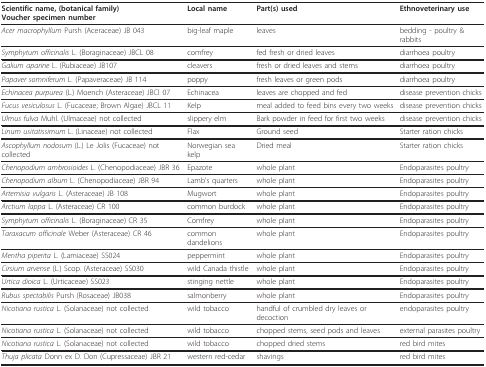
<table><thead><tr><td><b>Scientific name, (botanical family)Voucher specimen number</b></td><td><b>Local name</b></td><td><b>Part(s) used</b></td><td><b>Ethnoveterinary use</b></td></tr></thead><tbody><tr><td><i>Acer macrophyllum </i>Pursh (Aceraceae) JB 043</td><td>big-leaf maple</td><td>leaves</td><td>bedding - poultry &amp; rabbits</td></tr><tr><td><i>Symphytum officinalis </i>L. (Boraginaceae) JBCL 08</td><td>comfrey</td><td>fed fresh or dried leaves</td><td>diarrhoea poultry</td></tr><tr><td><i>Galium aparine </i>L. (Rubiaceae) JB107</td><td>cleavers</td><td>fresh or dried leaves and stems</td><td>diarrhoea poultry</td></tr><tr><td><i>Papaver somniferum </i>L. (Papaveraceae) JB 114</td><td>poppy</td><td>fresh leaves or green pods</td><td>diarrhoea poultry</td></tr><tr><td><i>Echinacea purpurea </i>(L.) Moench (Asteraceae) JBCl 07</td><td>Echinacea</td><td>leaves are chopped and fed</td><td>disease prevention chicks</td></tr><tr><td><i>Fucus vesiculosus </i>L. (Fucaceae; Brown Algae) JBCL 11</td><td>Kelp</td><td>meal added to feed bins every two weeks</td><td>disease prevention chicks</td></tr><tr><td><i>Ulmus fulva </i>Muhl. (Ulmaceae) not collected</td><td>slippery elm</td><td>Bark powder in feed for first two weeks</td><td>disease prevention chicks</td></tr><tr><td><i>Linum usitatissimum </i>L. (Linaceae) not collected</td><td>Flax</td><td>Ground seed</td><td>Starter ration chicks</td></tr><tr><td><i>Ascophyllum nodosum </i>(L.) Le Jolis (Fucaceae) not collected</td><td>Norwegian sea kelp</td><td>Dried meal</td><td>Starter ration chicks</td></tr><tr><td><i>Chenopodium ambrosioides </i>L. (Chenopodiaceae) JBR 36</td><td>Epazote</td><td>whole plant</td><td>Endoparasites poultry</td></tr><tr><td><i>Chenopodium album </i>L. (Chenopodiaceae) JBR 94</td><td>Lamb&#x27;s quarters</td><td>whole plant</td><td>Endoparasites poultry</td></tr><tr><td><i>Artemisia vulgaris </i>L. (Asteraceae) JB 108</td><td>Mugwort</td><td>whole plant</td><td>Endoparasites poultry</td></tr><tr><td><i>Arctium lappa </i>L. (Asteraceae) CR 100</td><td>common burdock</td><td>whole plant</td><td>Endoparasites poultry</td></tr><tr><td><i>Symphytum officinalis </i>L. (Boraginaceae) CR 35</td><td>Comfrey</td><td>whole plant</td><td>Endoparasites poultry</td></tr><tr><td><i>Taraxacum officinale </i>Weber (Asteraceae) CR 46</td><td>common dandelions</td><td>whole plant</td><td>Endoparasites poultry</td></tr><tr><td><i>Mentha piperita </i>L. (Lamiaceae) SS024</td><td>peppermint</td><td>whole plant</td><td>Endoparasites poultry</td></tr><tr><td><i>Cirsium arvense </i>(L.) Scop. (Asteraceae) SS030</td><td>wild Canada thistle</td><td>whole plant</td><td>Endoparasites poultry</td></tr><tr><td><i>Urtica dioica </i>L. (Urticaceae) SS023</td><td>stinging nettle</td><td>whole plant</td><td>Endoparasites poultry</td></tr><tr><td><i>Rubus spectabilis </i>Pursh (Rosaceae) JB038</td><td>salmonberry</td><td>whole plant</td><td>Endoparasites poultry</td></tr><tr><td><i>Nicotiana rustica </i>L. (Solanaceae) not collected</td><td>wild tobacco</td><td>handful of crumbled dry leaves or decoction</td><td>endoparasites poultry</td></tr><tr><td><i>Nicotiana rustica </i>L. (Solanaceae) not collected</td><td>wild tobacco</td><td>chopped stems, seed pods and leaves</td><td>external parasites poultry</td></tr><tr><td><i>Nicotiana rustica </i>L. (Solanaceae) not collected</td><td>wild tobacco</td><td>chopped dried stems</td><td>red bird mites</td></tr><tr><td><i>Thuja plicata </i>Donn ex D. Don (Cupressaceae) JBR 21</td><td>western red-cedar</td><td>shavings</td><td>red bird mites</td></tr></tbody></table>